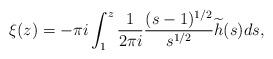
LaTeX: \begin{align*}\xi(z) = -\pi i \int_1^{z} \frac{1}{2\pi i} \frac{(s-1)^{1/2}}{s^{1/2}} \widetilde h(s) ds,\end{align*}